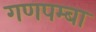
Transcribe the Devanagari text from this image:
गणपम्बा